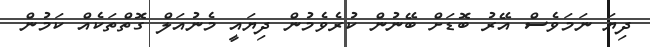
ދިޔަ ނަމަވެސް އޭރު ބޮޑަށް ބޭނުން ކުރެވެމުން ދިޔައީ މެނުއަލް ގޮތްތަކެއް ކަމުން